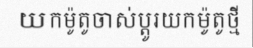
យកម៉ូតូចាស់ប្តូរយកម៉ូតូថ្មី